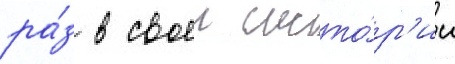
ра́з в своеи исто́р'ии